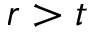
r > t